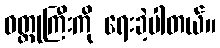
ဝတ္ထုကြီးကို ရေးခဲ့ပါတယ်။